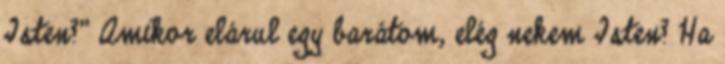
Isten?” Amikor elárul egy barátom, elég nekem Isten? Ha